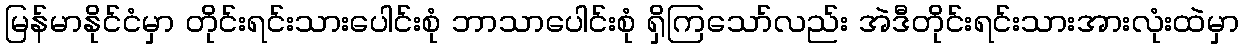
မြန်မာနိုင်ငံမှာ တိုင်းရင်းသားပေါင်းစုံ ဘာသာပေါင်းစုံ ရှိကြသော်လည်း အဲဒီတိုင်းရင်းသားအားလုံးထဲမှာ